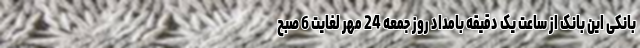
بانکی این بانک از ساعت یک دقیقه بامداد روز جمعه 24 مهر لغایت 6 صبح